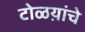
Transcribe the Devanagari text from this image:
टोळय़ांचे